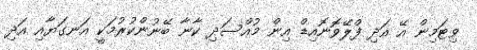
ވިޓަމިން އޭ އަދި ފްލޭވޮނޮއިޑް އިން މުއްސަދި ކާނާ ބޭނުންކުރުމަކީ އަނގަޔާއި އަދި